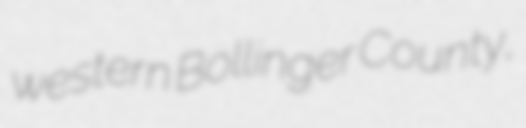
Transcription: western Bollinger County,